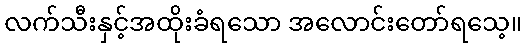
လက်သီးနှင့်အထိုးခံရသော အလောင်းတော်ရသေ့။